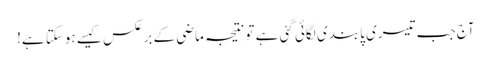
آج جب تیسری پابندی لگائی گئی ہے تو نتیجہ ماضی کے برعکس کیسے ہوسکتا ہے!